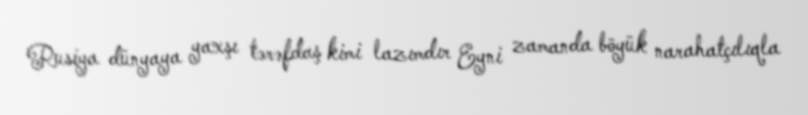
Rusiya dünyaya yaxşı tərəfdaş kimi lazımdır Eyni zamanda böyük narahatçılıqla